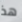
هذ